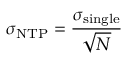
\sigma _ { \mathrm { N T P } } = \frac { \sigma _ { \mathrm { s i n g l e } } } { \sqrt { N } }